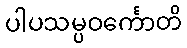
ပါပသမ္ပဝင်္ကောတိ